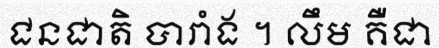
ជនជាតិ បារាំង ។ លឹម គឺជា